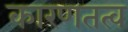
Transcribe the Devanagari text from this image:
कारणतत्व